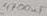
Text: 4700µF